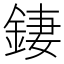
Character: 𨧬